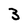
Character: 3